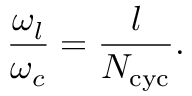
\frac { \omega _ { l } } { \omega _ { c } } = \frac { l } { N _ { \mathrm { c y c } } } .